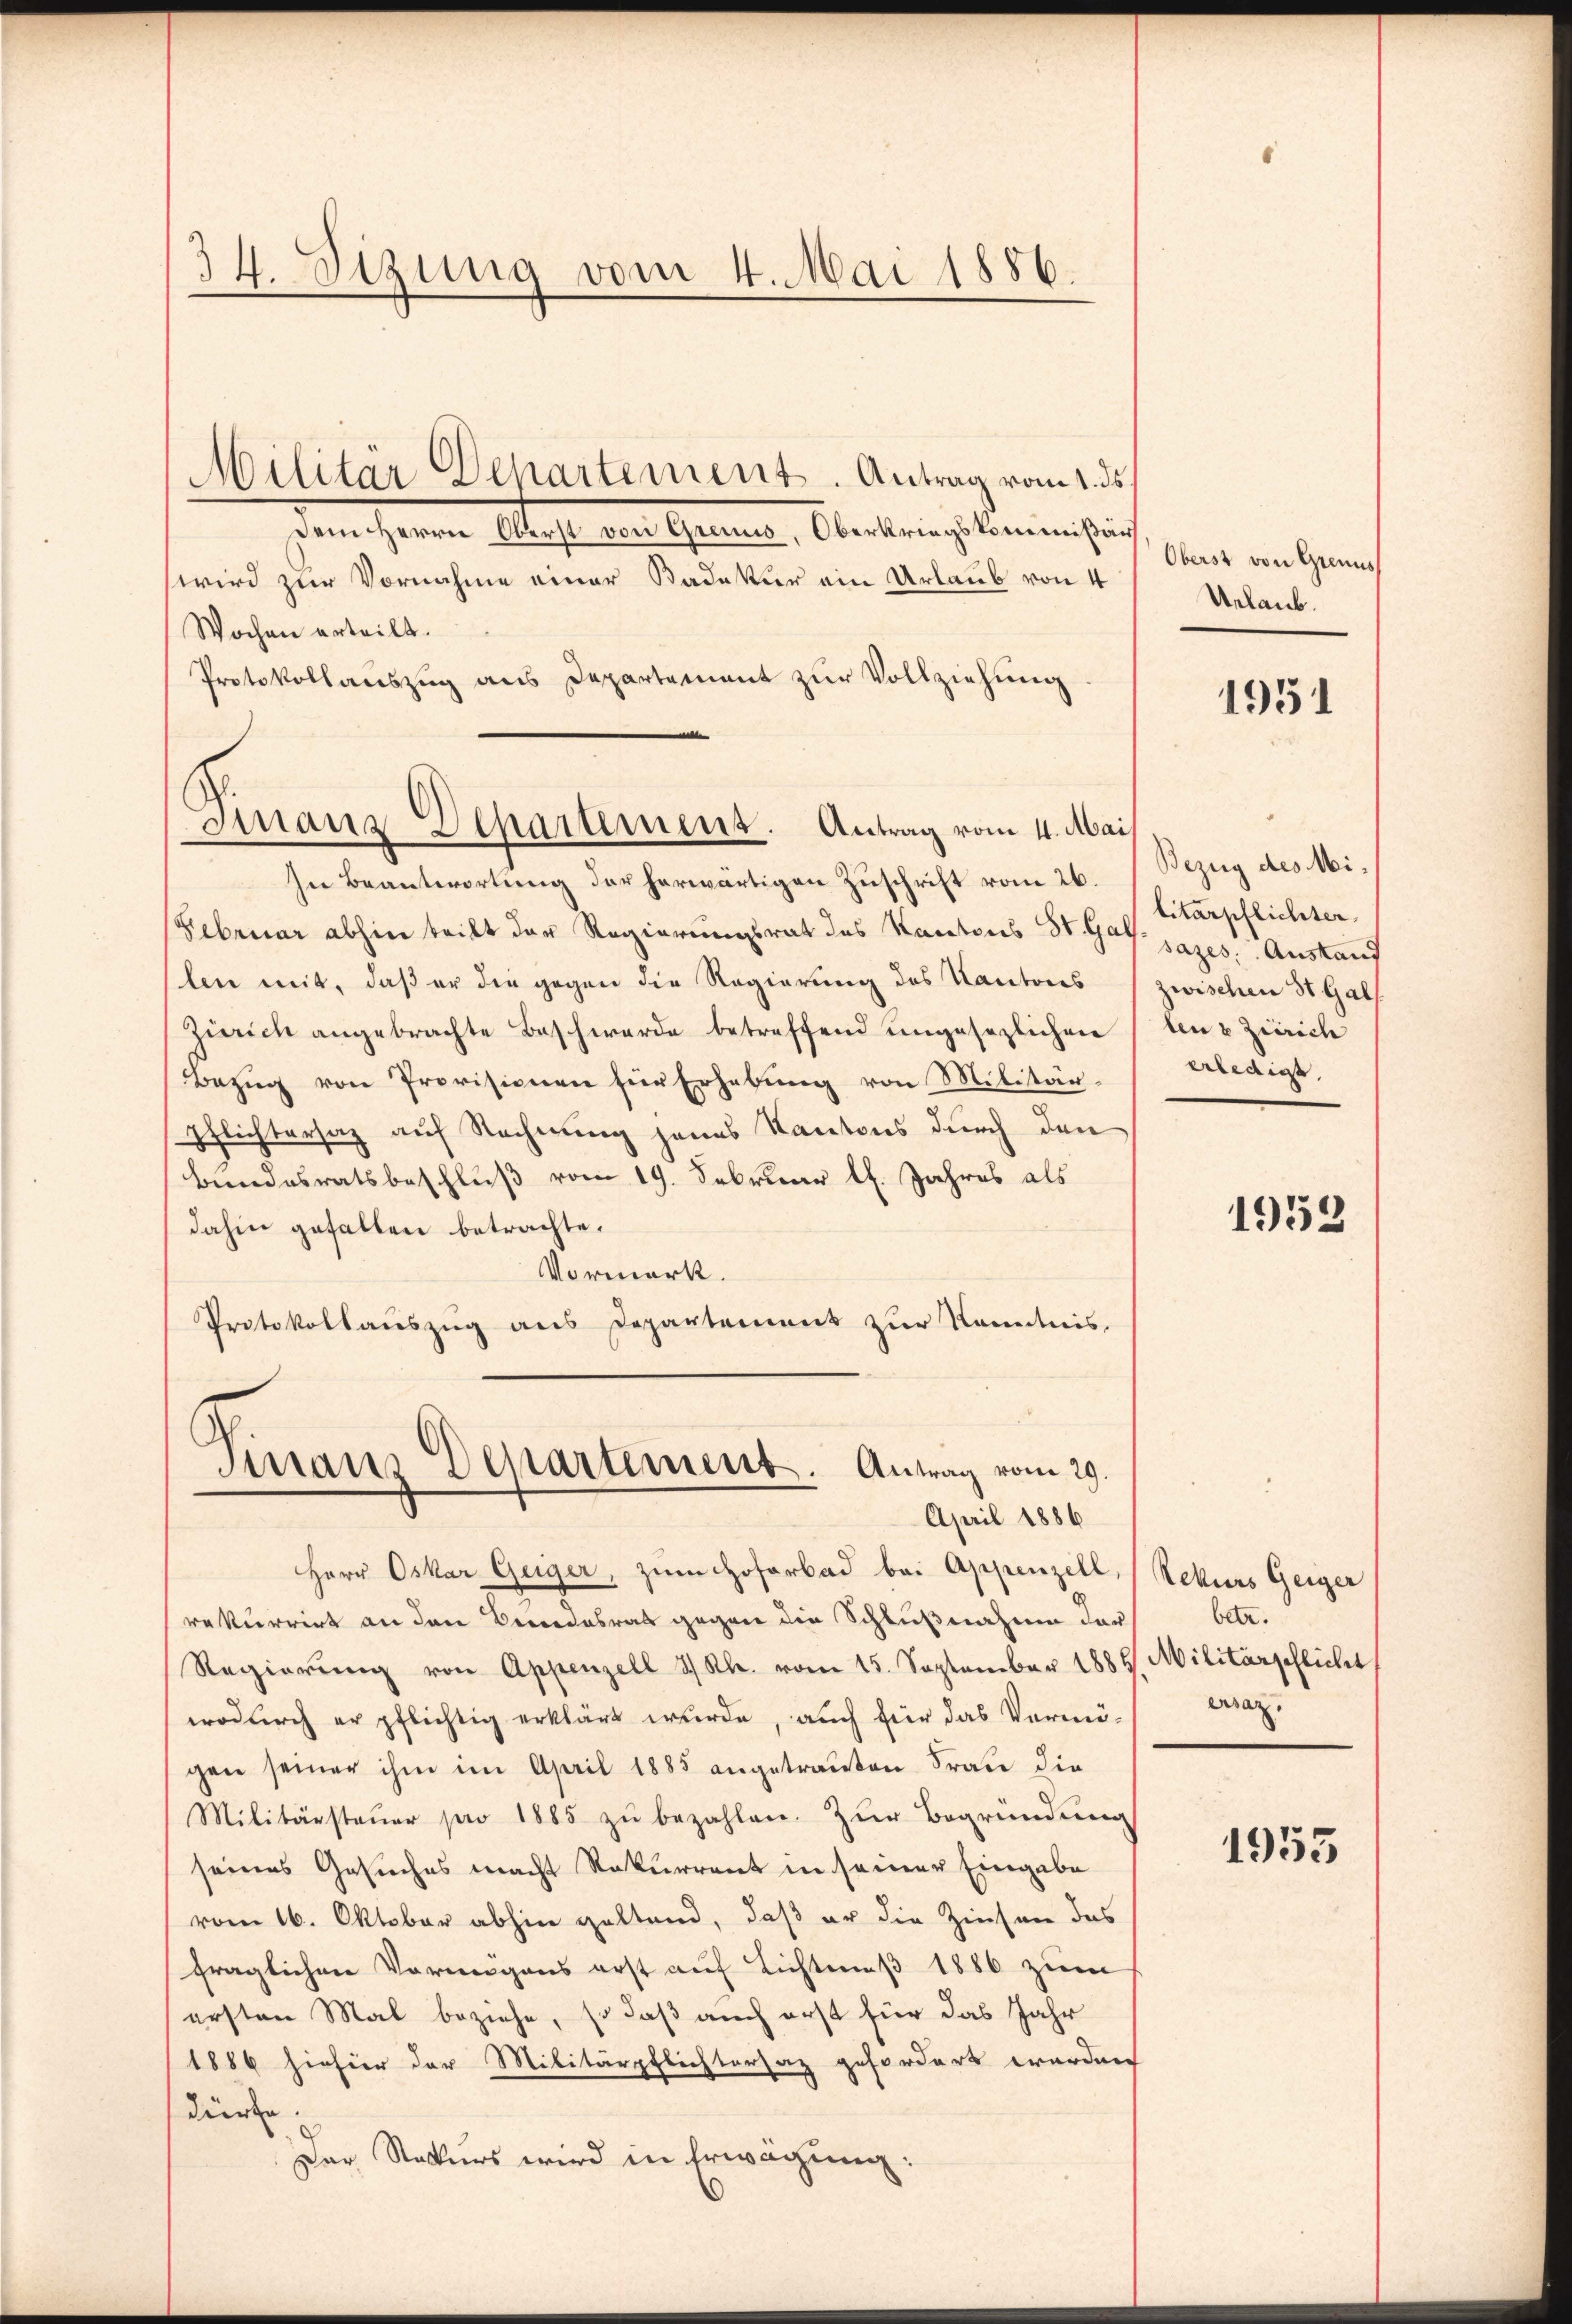
34. Sizung vom 4. Mai 1886.

Militär Departement. Antrag vom 1. ds.
dem Herrn Abste von Scheinen, Oberbrings kommen und
wird zur Vornahme einer Kadetur ein Urlaub von 4
Wochen erteilt.
Protokollauszug aus Departement zur Vollziehung
In Beantwortung der herwärtigen Zuschrift vom 26.
Februar abhin tritt der Regierungsrat des Kantons St. Gas. jages. Austand
len mit, daß er die gegen die Regierung des Kantons
Zürich angebrachte Beschwerde betreffend ungesezlichen
Bezug von Provisionen für Erhebung von Militär-
Pflichtersaz auf Rechnung jenes Kantons durch den
Bundesratsbeschluß vom 19. Februar l. Jahres als
dahin gefallen betrachte.
Vormerk.
Protokollauszug aus Departement zur Kenntnis.

Finanz Departement. Antrag vom 4. Mai

Herr Oskar Geiger, zum Hofarbad bei Appenzell,
rekurrirt an den Berndesrat gegen die Schlußnahme der
Regierung von Appenzell I/Rh. vom 15. September 1889 Militärschlicht
wodurch er pflichtig erklärt wurde, auch für das Vermögen seiner ihm im April 1885 angetrauten Frau die
Militärsteŭer pro 1885 zŭ bezahlen. Zur Begründung
seines Gesuches macht Rekurrent in seiner Eingabe
vom 16. Oktober abhin geltend, daß er die Zinsen des
fraglichen Vermögens erst auf Lichtmeß 1886 zum
ersten Mal beziehe, so daß auch erst für das Jahr
1886 hiefür der Militärpflichtersaz gefordert werden
dürfe.
Der Rekurs wird in Erwägung:

Sinaus Departement. Antrag vom 29.
April 1886

Oberst von Grenus
Urlaub.

1951

Bezug des Militärpflichter
zwischen St. Gal
ten u Zürich
erledigt,

1953

Rekurs Geiger
betr.
ersaz.

1953